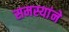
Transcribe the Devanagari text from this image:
समस्यांने